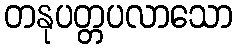
တနုပတ္တပလာသော